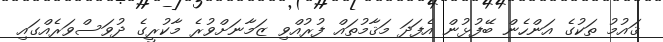
ޤައުމު ތަކުގެ އަންހެން ބޭފުޅުން އެފަދަ މަޤާމުތައް ފުރުއްވި ޒަމާނަށްވުރެ މާކުރީގެ ދުވަސްވަރެއްގައި